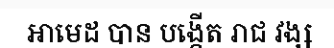
អាមេដ បាន បង្កើត រាជ វង្ស